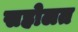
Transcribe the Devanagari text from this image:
सहोलत